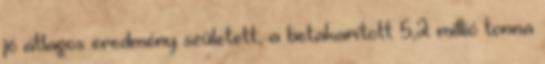
jó átlagos eredmény született, a betakarított 5,2 millió tonna